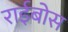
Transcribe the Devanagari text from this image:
राईबोस